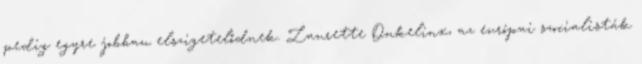
pedig egyre jobban elszigetelődnek. Laurette Onkelinx, az európai szocialisták